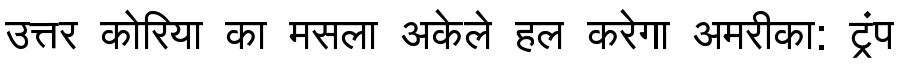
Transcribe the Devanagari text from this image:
उत्तर कोरिया का मसला अकेले हल करेगा अमरीका: ट्रंप